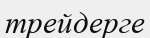
трейдерге